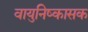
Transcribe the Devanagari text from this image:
वायुनिष्कासक